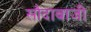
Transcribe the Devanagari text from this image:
सौदाबाजी